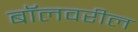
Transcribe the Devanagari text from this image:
बॉलवरील